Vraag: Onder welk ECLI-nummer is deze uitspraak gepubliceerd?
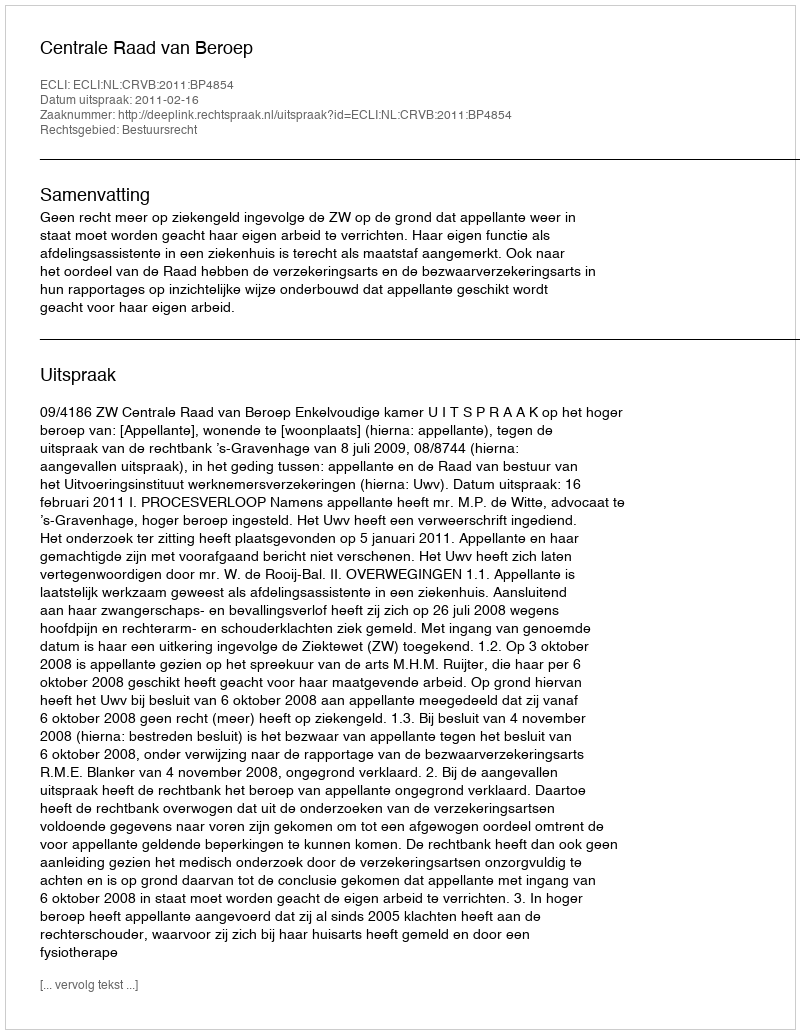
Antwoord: ECLI:NL:CRVB:2011:BP4854